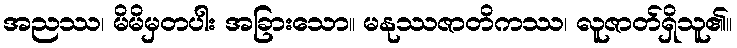
အညဿ၊ မိမိမှတပါး အခြားသော။ မနုဿဇာတိကဿ၊ လူဇာတ်ရှိသူ၏။